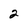
Character: 2